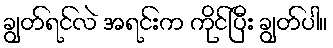
ချွတ်ရင်လဲ အရင်းက ကိုင်ပြီး ချွတ်ပါ။